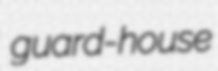
guard-house